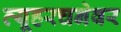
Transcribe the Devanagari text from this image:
व्यूहरचनेवर